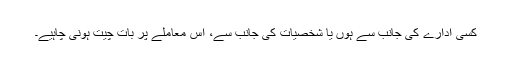
کسی ادارے کی جانب سے ہوں یا شخصیات کی جانب سے، اس معاملے پر بات چیت ہونی چاہیے۔